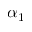
\alpha _ { 1 }